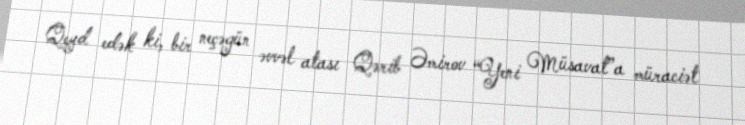
Qeyd edək ki, bir neçəgün əvvəl atası Qərib Əmirov “Yeni Müsavat”a müraciət